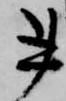
書